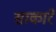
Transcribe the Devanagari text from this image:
साकारे